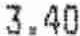
3.40